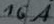
Text: 16A